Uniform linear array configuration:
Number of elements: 32
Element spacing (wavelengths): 1
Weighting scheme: binomial
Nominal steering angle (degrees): -60
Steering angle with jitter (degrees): -60.642
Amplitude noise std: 0.05
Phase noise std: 0.05

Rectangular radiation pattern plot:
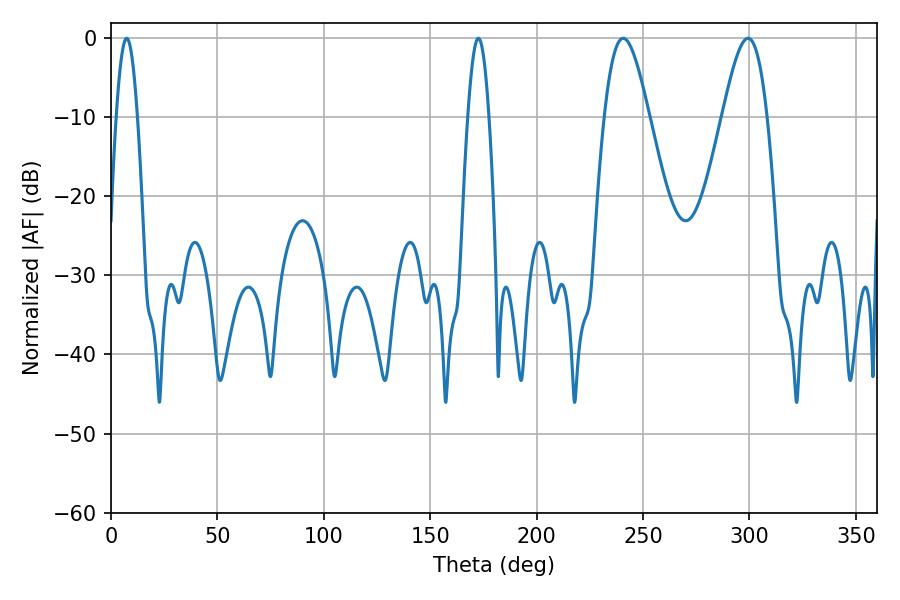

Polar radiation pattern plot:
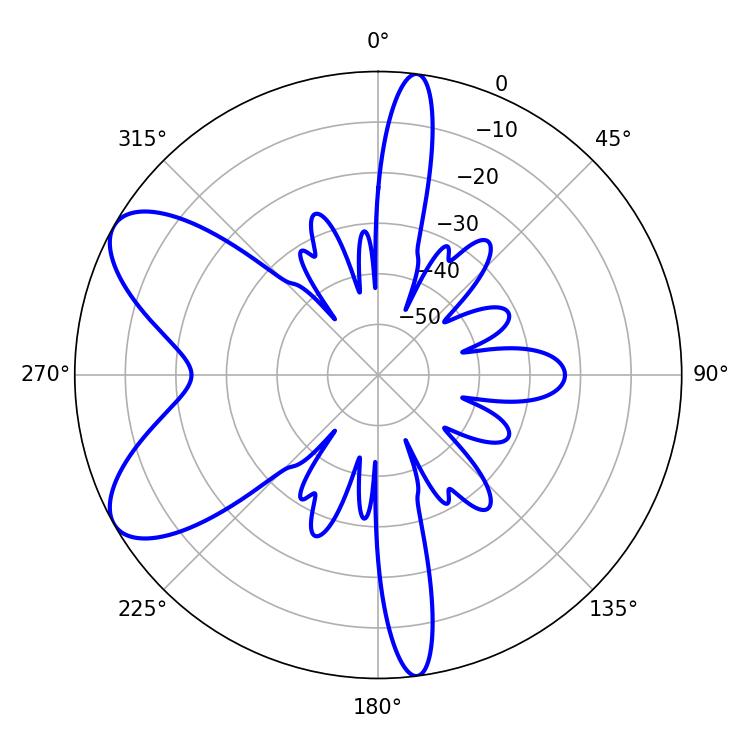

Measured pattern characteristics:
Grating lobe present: TRUE
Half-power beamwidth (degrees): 11.16
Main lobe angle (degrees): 240.66